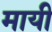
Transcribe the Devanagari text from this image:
मायी